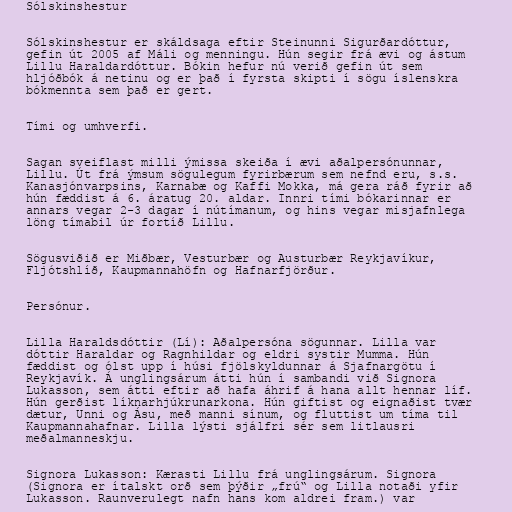
Sólskinshestur

Sólskinshestur er skáldsaga eftir Steinunni Sigurðardóttur,
gefin út 2005 af Máli og menningu. Hún segir frá ævi og ástum
Lillu Haraldardóttur. Bókin hefur nú verið gefin út sem
hljóðbók á netinu og er það í fyrsta skipti í sögu íslenskra
bókmennta sem það er gert.

Tími og umhverfi.

Sagan sveiflast milli ýmissa skeiða í ævi aðalpersónunnar,
Lillu. Út frá ýmsum sögulegum fyrirbærum sem nefnd eru, s.s.
Kanasjónvarpsins, Karnabæ og Kaffi Mokka, má gera ráð fyrir að
hún fæddist á 6. áratug 20. aldar. Innri tími bókarinnar er
annars vegar 2-3 dagar í nútímanum, og hins vegar misjafnlega
löng tímabil úr fortíð Lillu.

Sögusviðið er Miðbær, Vesturbær og Austurbær Reykjavíkur,
Fljótshlíð, Kaupmannahöfn og Hafnarfjörður.

Persónur.

Lilla Haraldsdóttir (Lí): Aðalpersóna sögunnar. Lilla var
dóttir Haraldar og Ragnhildar og eldri systir Mumma. Hún
fæddist og ólst upp í húsi fjölskyldunnar á Sjafnargötu í
Reykjavík. Á unglingsárum átti hún í sambandi við Signora
Lukasson, sem átti eftir að hafa áhrif á hana allt hennar líf.
Hún gerðist líknarhjúkrunarkona. Hún giftist og eignaðist tvær
dætur, Unni og Ásu, með manni sínum, og fluttist um tíma til
Kaupmannahafnar. Lilla lýsti sjálfri sér sem litlausri
meðalmanneskju.

Signora Lukasson: Kærasti Lillu frá unglingsárum. Signora
(Signora er ítalskt orð sem þýðir „frú“ og Lilla notaði yfir
Lukasson. Raunverulegt nafn hans kom aldrei fram.) var